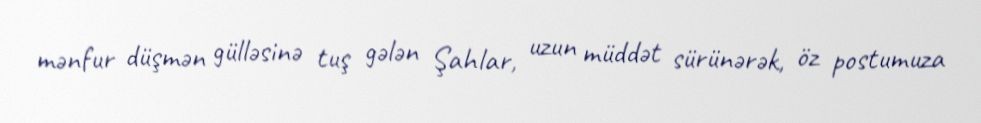
mənfur düşmən gülləsinə tuş gələn Şahlar, uzun müddət sürünərək, öz postumuza